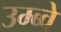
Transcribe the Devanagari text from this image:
उम्ब्वे